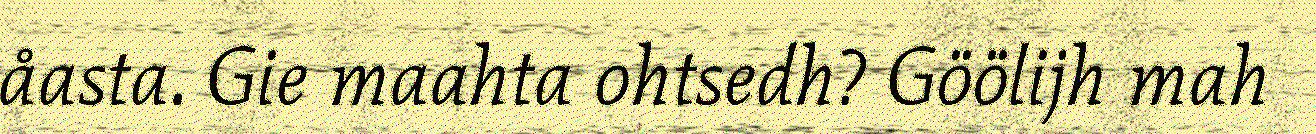
åasta. Gie maahta ohtsedh? Göölijh mah